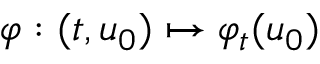
\varphi : ( t , u _ { 0 } ) \mapsto \varphi _ { t } ( u _ { 0 } )